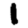
Digit: 1